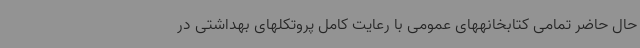
حال حاضر تمامی کتابخانههای عمومی با رعایت کامل پروتکلهای بهداشتی در